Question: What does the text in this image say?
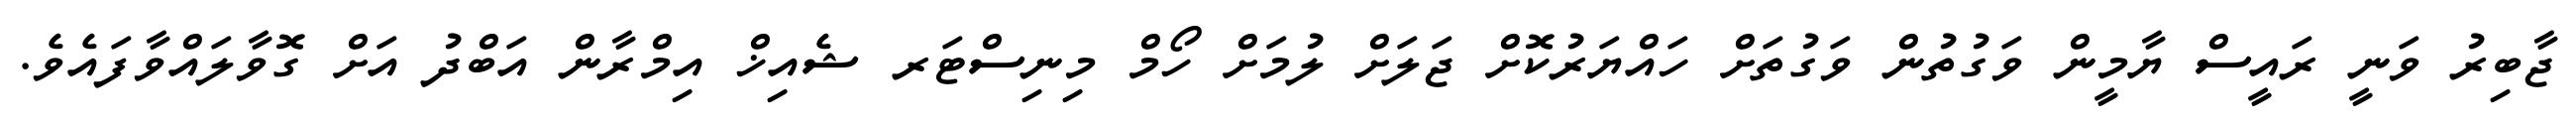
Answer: ޖާބިރު ވަނީ ރައީސް ޔާމީން ވަގުތުން ވަގުތަށް ހައްޔަރުކޮށް ޖަލަށް ލުމަށް ހޯމް މިނިސްޓަރ ޝެއިޚް އިމްރާން އަބްދު އަށް ގޮވާލައްވާފައެވެ.